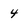
Character: 4